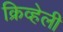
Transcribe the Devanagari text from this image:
क्रिव्हेली